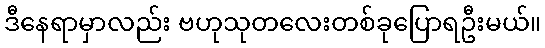
ဒီနေရာမှာလည်း ဗဟုသုတလေးတစ်ခုပြောရဦးမယ်။